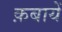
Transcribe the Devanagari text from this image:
क़बायें